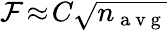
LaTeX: \mathcal{F}\! \approx\! C\sqrt{n_{\mathrm{~a~v~g~}}}